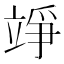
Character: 竫